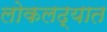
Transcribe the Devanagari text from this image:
लोकलढ्यात